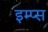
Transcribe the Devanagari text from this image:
इम्प्स